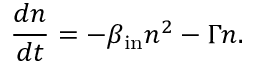
\frac { d n } { d t } = - \beta _ { \mathrm { { i n } } } n ^ { 2 } - \Gamma n .